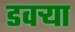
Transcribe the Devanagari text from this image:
डवऱ्या